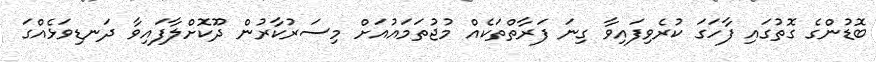
ބޮޑުންގެ ގޮތުގައި ފާހަގަ ކުރެވިފައިވާ ގިނަ ފަރާތްތަކެއް މުޖުތަމައުއަށް މިސަރުކާރުން ދޫކޮށްލާފައިވާ ދަނޑިވަޅެއްގަ